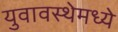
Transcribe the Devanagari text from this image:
युवावस्थेमध्ये